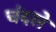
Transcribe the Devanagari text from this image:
चंदले